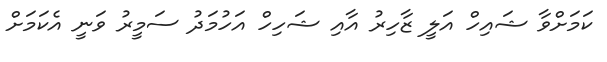
ކަމަށްވާ ޝައިހް އަލީ ޒާހިރު އާއި ޝަހިހް އަހުމަދު ސަމީރު ވަނީ އެކަމަށް